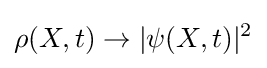
\rho (X,t)\to |\psi (X,t)|^{2}